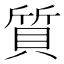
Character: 質